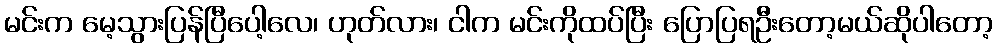
မင်းက မေ့သွားပြန်ပြီပေါ့လေ၊ ဟုတ်လား၊ ငါက မင်းကိုထပ်ပြီး ပြောပြရဦးတော့မယ်ဆိုပါတော့